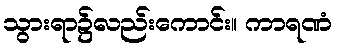
သွားရာ၌လည်းကောင်း။ ကာရဏံ